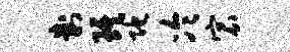
判琪陀冷宸